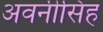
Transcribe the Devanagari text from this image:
अवनीसिंह